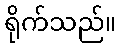
ရိုက်သည်။